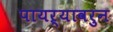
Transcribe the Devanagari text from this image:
पायऱ्यावरुन